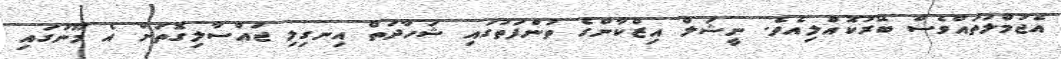
އެޖުމްލަތައްވެސް ބޭރުކޮއްލިއެވެ. ނީޝަލް އިޒްކާންގެ ތުންފަތުގައި ޝަހާދަތް އިނގިލި ޖައްސާލިގޮތަށް އެ މޫނުގައި